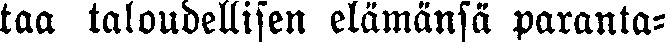
taa taloudellisen elämänsä paranta-